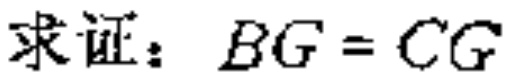
求证：\(BG = CG\)